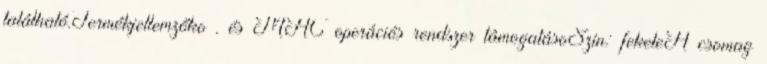
található.Termékjellemzőko . és MAC operációs rendszer támogatásoSzín: feketeA csomag